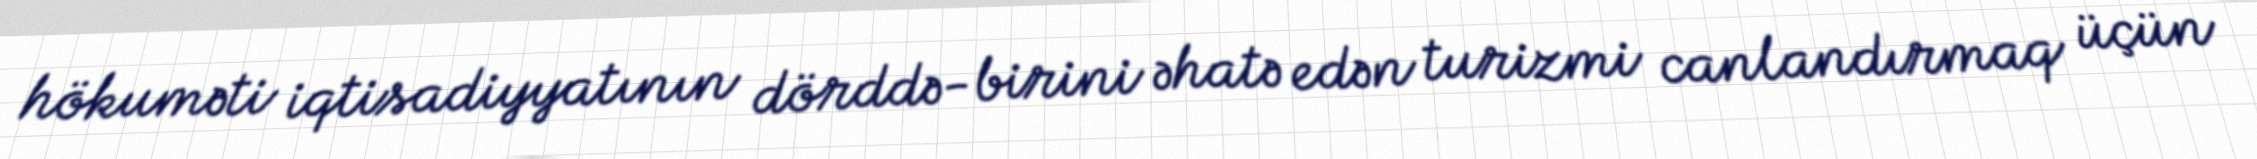
hökuməti iqtisadiyyatının dörddə-birini əhatə edən turizmi canlandırmaq üçün